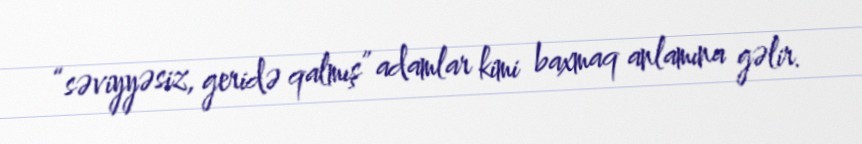
“səviyyəsiz, geridə qalmış” adamlar kimi baxmaq anlamına gəlir.